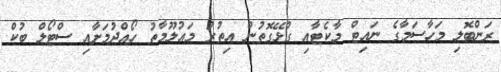
ރަންބޮލި މަހާސަމާގެ ނައިޓް މާކެޓާއި ގުޅޭގޮތުން އިތުރު މައުލޫމާތު ހޯއްދުމަށާއި ސްޓޯލް ބުކް